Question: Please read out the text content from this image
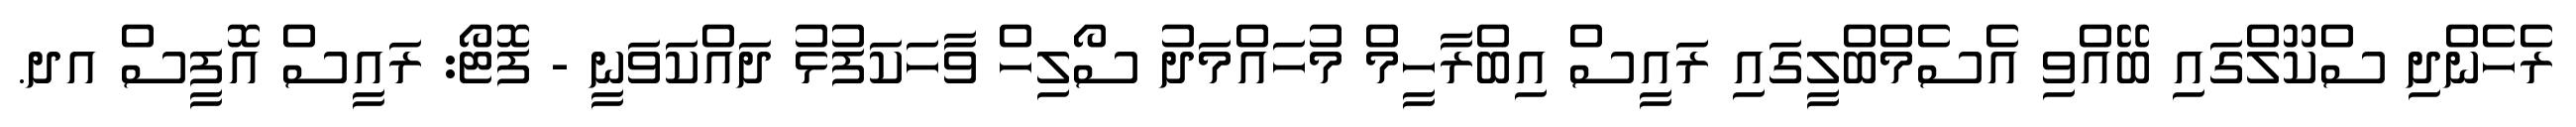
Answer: ރެހެންދި ސްކޫލްގައި ބޭއްވި އެސެމްބްލީގައި ރައީސް އިބްރާހީމް މުހައްމަދު ސޯލިހް ވާހަކަފުޅު ދައްކަވަނީ - ފޮޓޯ: ރައީސް އޮފީސް އދ.